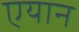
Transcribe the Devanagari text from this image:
एयान